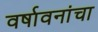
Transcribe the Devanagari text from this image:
वर्षावनांचा